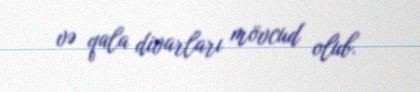
və qala divarları mövcud olub.